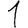
Digit: 1